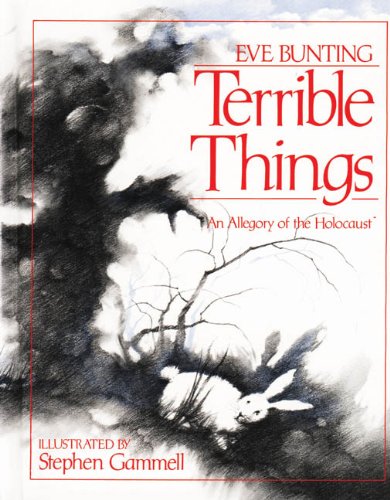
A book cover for Terrible Things: An Allegory of the Holocaust; Eve Bunting; Children's Books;